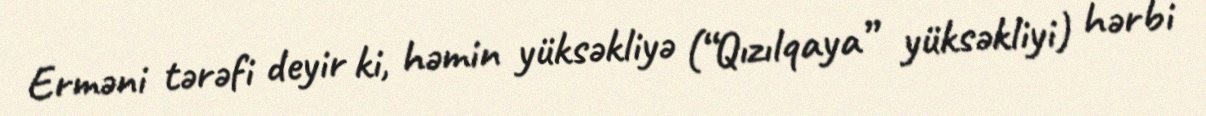
Erməni tərəfi deyir ki, həmin yüksəkliyə (“Qızılqaya” yüksəkliyi) hərbi